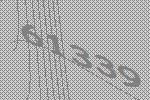
61339